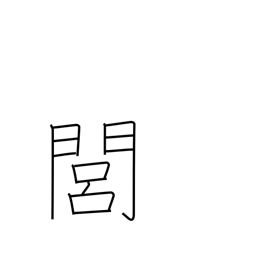
Meaning: rural area